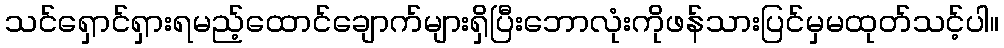
သင်ရှောင်ရှားရမည့်ထောင်ချောက်များရှိပြီးဘောလုံးကိုဖန်သားပြင်မှမထုတ်သင့်ပါ။